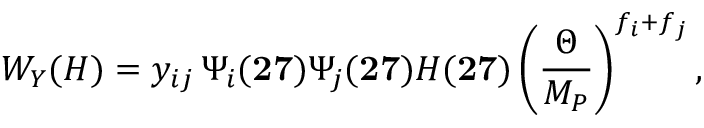
W _ { Y } ( H ) = y _ { i j } \, \Psi _ { i } ( { \bf 2 7 } ) \Psi _ { j } ( { \bf 2 7 } ) H ( { \bf 2 7 } ) \left( { \frac { \Theta } { M _ { P } } } \right) ^ { f _ { i } + f _ { j } } ,